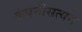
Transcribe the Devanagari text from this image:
कंपनीसत्यम